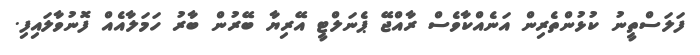
ފަލަސްތީނު ކުޅުންތެރިން އަނެއްކާވެސް ރާއްޖޭ ޕެނަލްޓީ އޭރިޔާ ބޭރުން ބާރު ހަމަލާއެއް ފޮނުވާލައިފި.